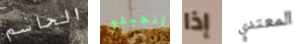
الحاسم أنجيلو إذا المعتدي